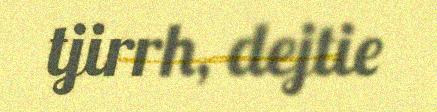
tjirrh, dejtie